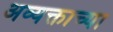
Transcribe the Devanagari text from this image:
अव्यक्ताच्या